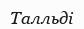
Талльді